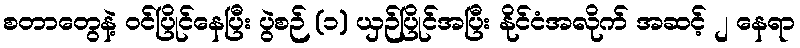
စတာတွေနဲ့ ဝင်ပြိုင်နေပြီး ပွဲစဉ် (၁) ယှဉ်ပြိုင်အပြီး နိုင်ငံအလိုက် အဆင့် ၂ နေရာ